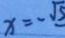
x = - \sqrt { 5 }